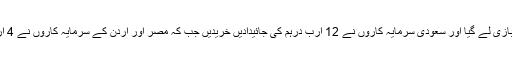
اسی طرح خلیجی ممالک میں سعودی عرب بازی لے گیا اور سعودی سرمایہ کاروں نے 12 ارب درہم کی جائیدادیں خریدیں جب کہ مصر اور اردن کے سرمایہ کاروں نے 4 ارب درہم کی جائیدادوں کی سودے بازی کی۔